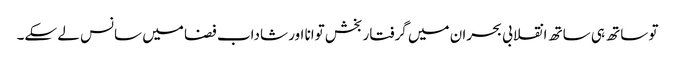
تو ساتھ ہی ساتھ انقلابی بحران میں گرفتار بخش توانا اور شاداب فضا میں سانس لے سکے۔